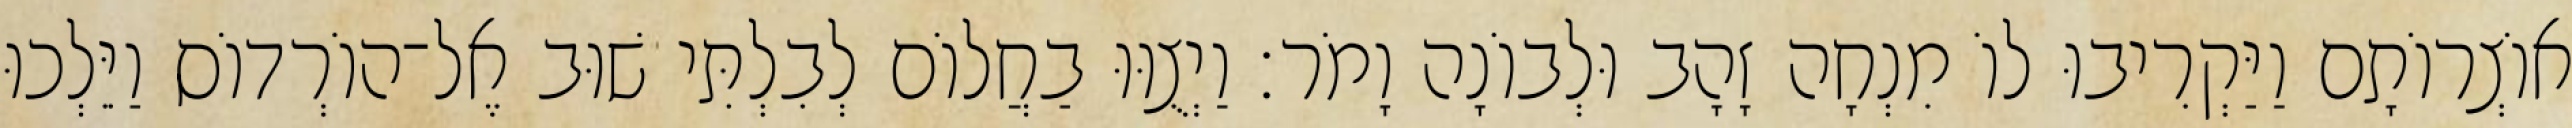
אוֹצְרוֹתָם וַיַּקְרִיבוּ לוֹ מִנְחָה זָהָב וּלְבוֹנָה וָמֹר׃ וַיְצֻוּוּ בַחֲלוֹם לְבִלְתִּי שׁוּב אֶל־הוֹרְדוֹס וַיֵּלְכוּ